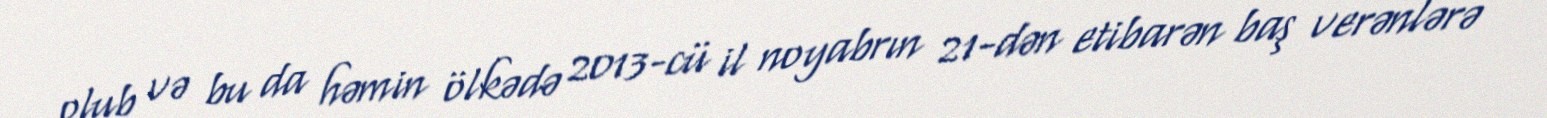
olub və bu da həmin ölkədə 2013-cü il noyabrın 21-dən etibarən baş verənlərə